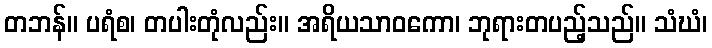
တဘန်။ ပရံစ၊ တပါးတုံလည်း။ အရိယသာဝကော၊ ဘုရားတပည့်သည်။ သံဃံ၊